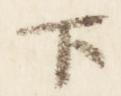
下